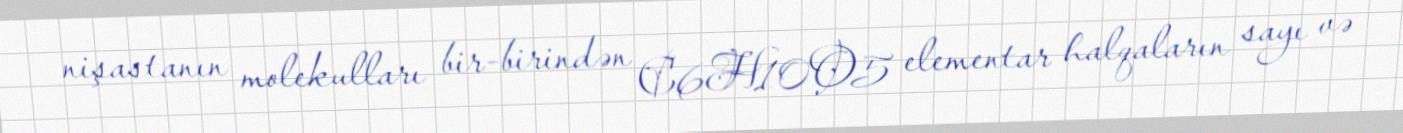
nişastanın molekulları bir-birindən C6H10O5 elementar halqaların sayı və